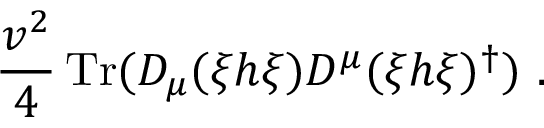
\frac { v ^ { 2 } } { 4 } \, \mathrm { T r } ( D _ { \mu } ( \xi h \xi ) D ^ { \mu } ( \xi h \xi ) ^ { \dagger } ) \ .